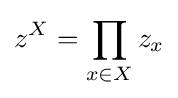
z^{X}=\prod _{x\in X}z_{x}